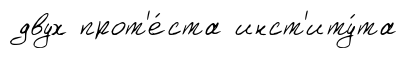
двух прот'е́ста инст'иту́та